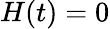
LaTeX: H(t)=0